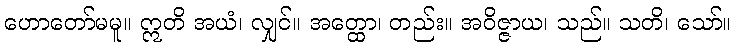
ဟောတော်မမူ။ ဣတိ အယံ၊ လျှင်။ အတ္ထော၊ တည်း။ အဝိဇ္ဇာယ၊ သည်။ သတိ၊ သော်။